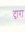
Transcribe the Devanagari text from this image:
दृारा